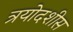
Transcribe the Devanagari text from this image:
त्रयोदशीस